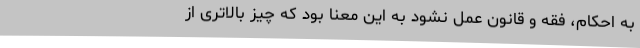
به احکام، فقه و قانون عمل نشود به این معنا بود که چیز بالاتری از